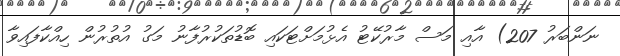
ނަންބަރު 207) އާއި މަސް މާރުކޭޓު އެޅުމަށްޓަކައި ބޮޑުތަކުރުފާނު މަގު އުތުރުން ހިއްކާފައިވާ